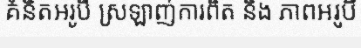
គំនិតអរូបី ស្រឡាញ់ការពិត និង ភាពអរូបី